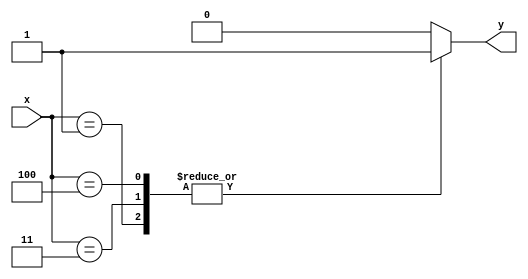
module x_case_statement (
  input wire [3:0] x,
  output reg y
);

always @(*) begin
  case (x)
    4'b0000: y = 1'b0;
    4'b0001: y = 1'b1;
    4'b0010: y = 1'b0;
    4'b0011: y = 1'b1;
    4'b0100: y = 1'b1;
    default: y = 1'b0;
  endcase
end

endmodule